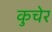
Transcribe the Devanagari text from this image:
कुचेर